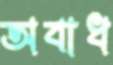
অবাধ